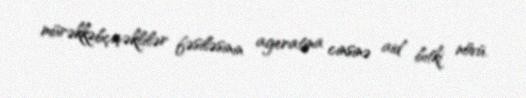
mürəkkəbçiçəklilər fəsiləsinin ageratina cinsinə aid bitki növü.